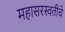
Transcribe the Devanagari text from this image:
महासरस्वतीचे